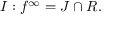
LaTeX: I : f ^ { \infty } = J \cap R .